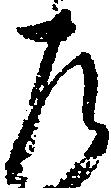
左